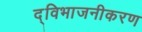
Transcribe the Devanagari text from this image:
द्विभाजनीकरण